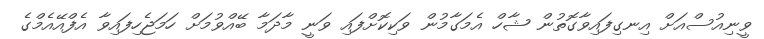
ވީނިއުސްއަށް އިނގިފައިވާގޮތުން ޝާހް އެމަގާމުން ވަކިކޮށްފައި ވަނީ މާދަމާ ބޭއްވުމަށް ހަމަޖެހިފައިވާ އެފްއޭއެމްގެ